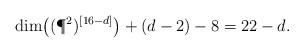
LaTeX: \begin{align*} \dim \bigl( (\P^2)^{[16-d]} \bigr) + (d-2) - 8 = 22-d.\end{align*}